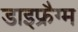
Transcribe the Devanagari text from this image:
डाइफ्रैग्म